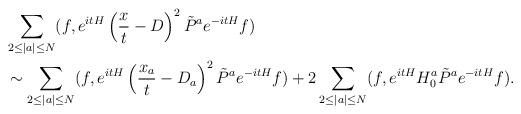
LaTeX: \begin{align*}\begin{aligned}&\sum_{2\le |a|\le N}(f,e^{itH}\left(\frac{x}{t}-D\right)^2\tilde P^ae^{-itH}f)\\&\sim \sum_{2\le |a|\le N}(f,e^{itH}\left(\frac{x_a}{t}-D_a\right)^2\tilde P^ae^{-itH}f)+2\sum_{2\le |a|\le N}(f,e^{itH}H_0^a\tilde P^ae^{-itH}f).\end{aligned}\end{align*}